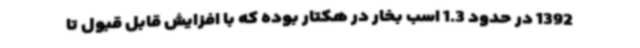
1392 در حدود 1.3 اسب بخار در هکتار بوده که با افزایش قابل قبول تا